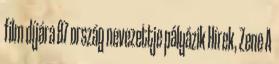
film díjára 87 ország nevezettje pályázik Hírek, Zene A